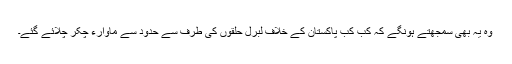
وہ یہ بھی سمجھتے ہونگے کہ کب کب پاکستان کے خلاف لبرل حلقوں کی طرف سے حدود سے ماوارء چکر چلائے گئے۔